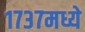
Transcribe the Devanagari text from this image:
१७३७मध्ये